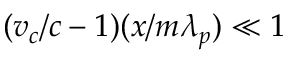
( v _ { c } / c - 1 ) ( x / m \lambda _ { p } ) \ll 1